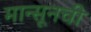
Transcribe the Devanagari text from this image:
मान्सूनची